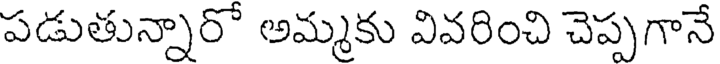
పడుతున్నారో అమ్మకు వివరించి చెప్పగానే